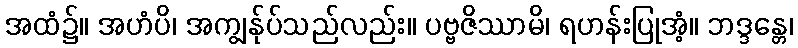
အထံ၌။ အဟံပိ၊ အကျွန်ုပ်သည်လည်း။ ပဗ္ဗဇိဿာမိ၊ ရဟန်းပြုအံ့။ ဘဒ္ဒန္တေ၊